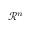
{ \mathcal { R } } ^ { n }